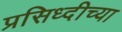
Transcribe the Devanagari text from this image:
प्रसिध्दीच्या